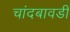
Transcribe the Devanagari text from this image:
चांदबावडी